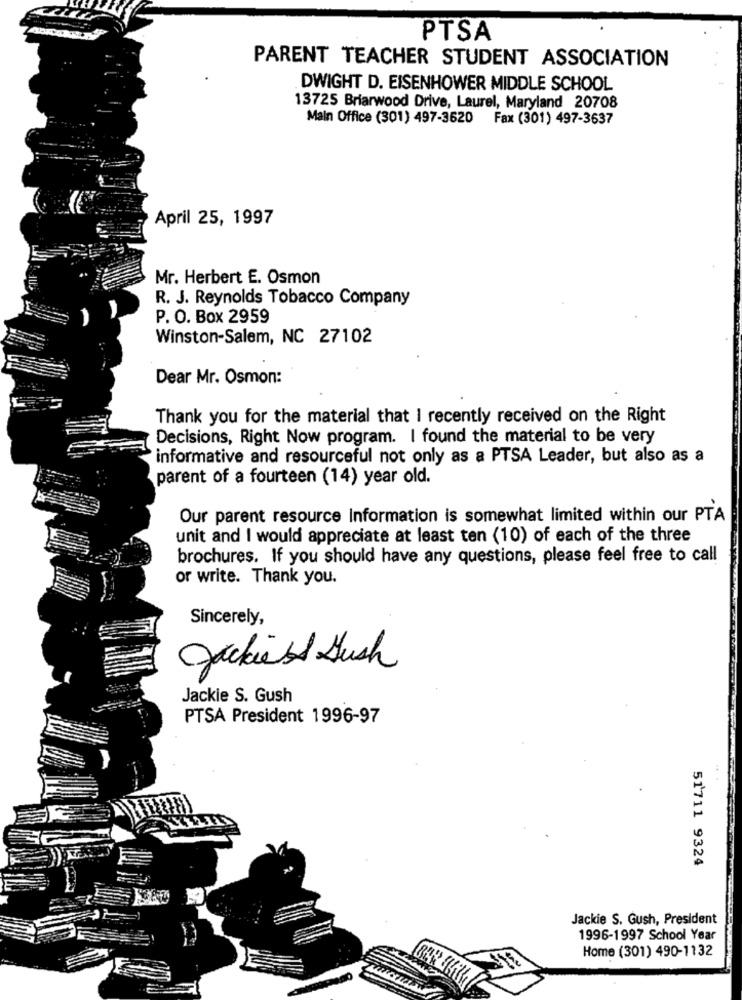
PTSA
PARENT TEACHER STUDENT ASSOCIATION
DWIGHT D. EISENHOWER MIDDLE SCHOOL
13725 Briarwood Drive, Laurel, Maryland 20708
Main Office (301) 497-3620 Fax (301) 497-3637
April 25, 1997
Mr. Herbert E. Osmon
R. J. Reynolds Tobacco Company
P. O. Box 2959
Winston-Salem, NC 27102
Dear Mr. Osmon:
Thank you for the material that I recently received on the Right
Decisions, Right Now program. I found the material to be very
informative and resourceful not only as a PTSA Leader, but also as a
parent of a fourteen (14) year old.
Our parent resource Information is somewhat limited within our PTA
unit and I would appreciate at least ten (10) of each of the three
brochures. If you should have any questions, please feel free to call
or write. Thank you.
Sincerely,
Jackiest Hush
Jackie S. Gush
PTSA President 1996-97
51711 9324
Jackie S. Gush, President
1996-1997 School Year
Home (301) 490-1132